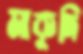
মাকুদি